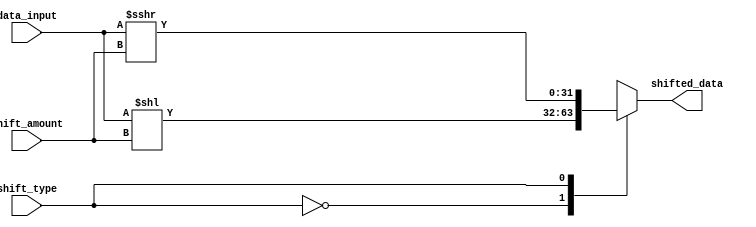
module barrel_shifter (
    input [31:0] data_input,
    input [4:0] shift_amount,
    input shift_type,
    output reg [31:0] shifted_data
);

always @(data_input, shift_amount, shift_type)
begin
    case (shift_type)
        0: shifted_data = data_input << shift_amount; // Left Logical Shift
        1: shifted_data = data_input >>> shift_amount; // Right Logical Shift
        2: shifted_data = $signed(data_input) >>> shift_amount; // Right Arithmetic Shift
    endcase
end

endmodule